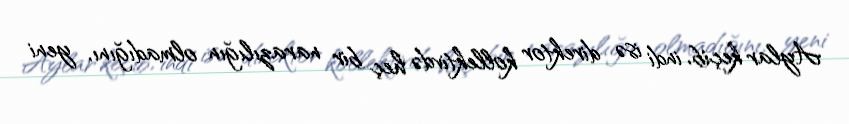
Aylar keçib, indi isə direktor kollektivdə heç bir narazılığın olmadığını, yeni